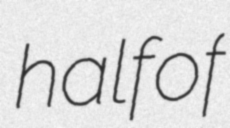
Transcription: half of